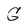
Character: G